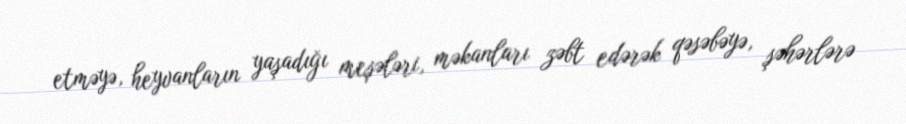
etməyə, heyvanların yaşadığı meşələri, məkanları zəbt edərək qəsəbəyə, şəhərlərə